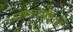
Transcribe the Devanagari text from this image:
संरंजामवादी